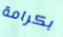
بكرامة